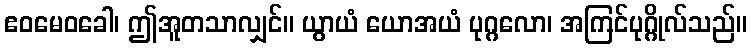
ဧဝမေဝခေါ၊ ဤအူတသာလျှင်။ ယွာယံ ယောအယံ ပုဂ္ဂလော၊ အကြင်ပုဂ္ဂိုလ်သည်။